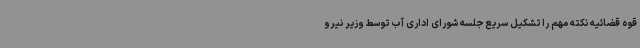
قوه قضائیه نکته مهم را تشکیل سریع جلسه شورای اداری آب توسط وزیر نیرو